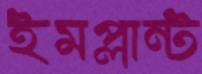
ইমপ্লান্ট